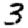
Digit: 3